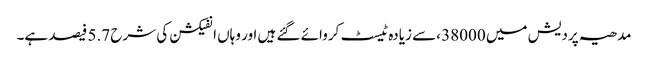
مدھیہ پردیش میں 38000 ،سے زیادہ ٹیسٹ کروائے گئے ہیں اور وہاں انفیکشن کی شرح 5.7 فیصد ہے۔